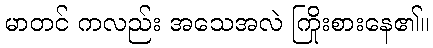
မာတင် ကလည်း အသေအလဲ ကြိုးစားနေ၏။